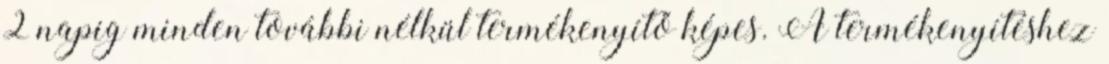
2 napig minden további nélkül termékenyítő képes. A termékenyítéshez